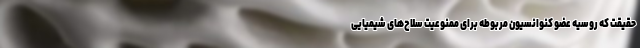
حقیقت که روسیه عضو کنوانسیون مربوطه برای ممنوعیت سلاح‌های شیمیایی